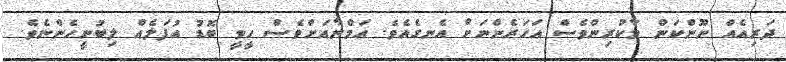
ދަރިއެއް ނޫންކަން މާކުރިންވެސް އަހަރެންނަށް އެނގެއެވެ. އަމްނާއަށްވެސް ހީވީ ބޮޑު އުފަލެއް ލިބުނީހެންނެވެ.